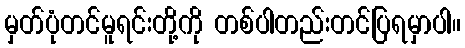
မှတ်ပုံတင်မူရင်းတို့ကို တစ်ပါတည်းတင်ပြရမှာပါ။